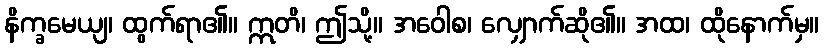
နိက္ခမေယျ၊ ထွက်ရာ၏။ ဣတိ၊ ဤသို့။ အဝေါစ၊ လျှောက်ဆို၏။ အထ၊ ထိုနောက်မှ။